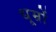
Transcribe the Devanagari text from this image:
धूम्रों